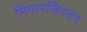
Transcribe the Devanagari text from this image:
मिपारजिस्टर